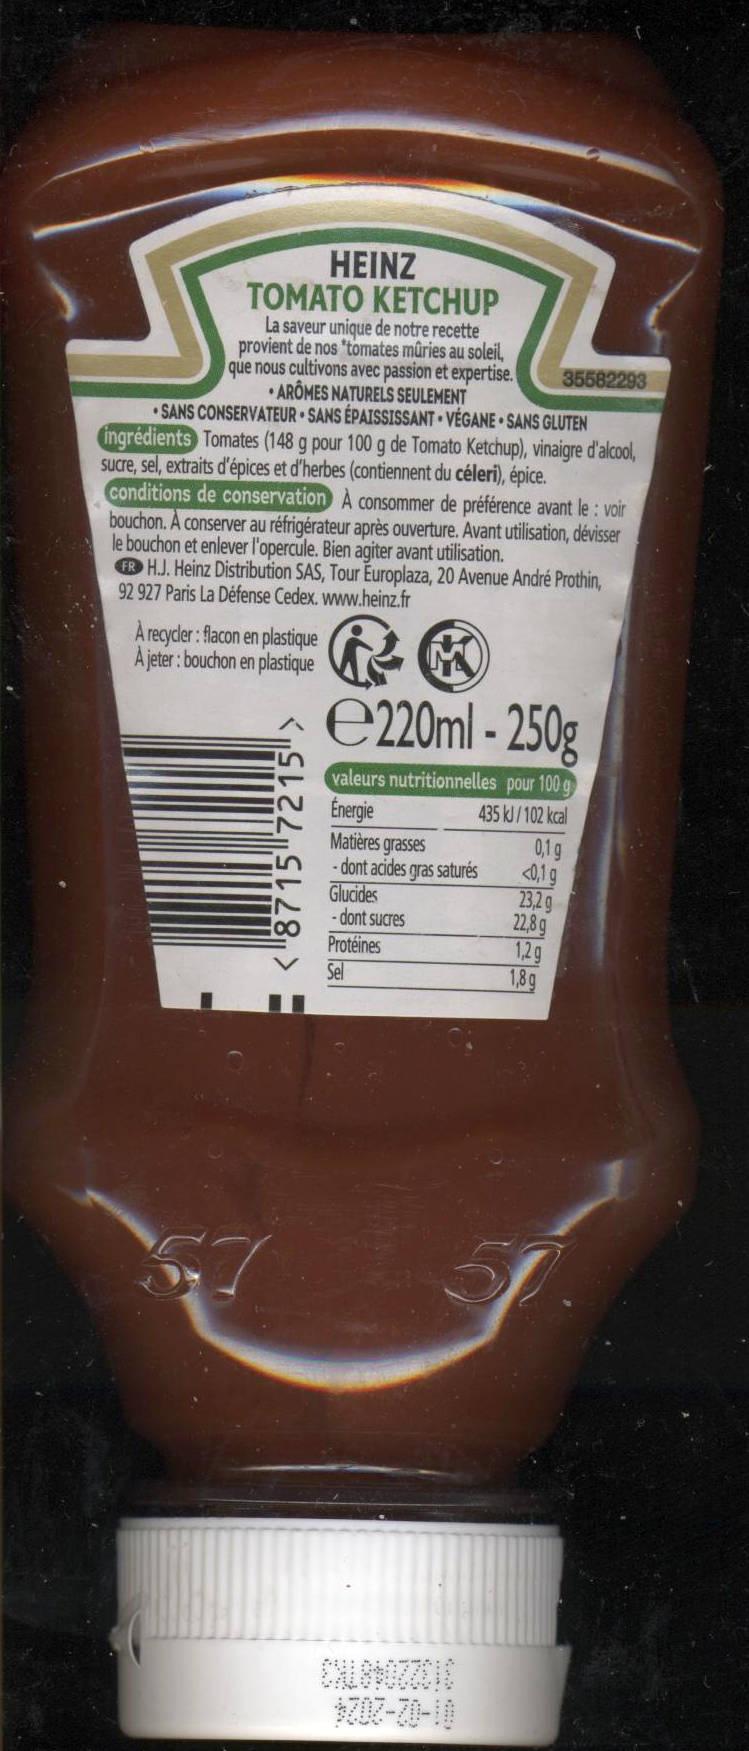
HEINZ TOMATO KETCHUP
La saveur unique de notre recette provient de nos "tomates mûries au soleil, que nous cultivons avec passion et expertise. ARÔMES NATURELS SEULEMENT
SANS CONSERVATEUR SANS ÉPAISSISSANT VÉGANE SANS GLUTEN ingrédients Tomates (148 g pour 100 g de Tomato Ketchup), vinaigre d'alcool, sucre, sel, extraits d'épices et d'herbes (contiennent du céleri), épice.
conditions de conservation À consommer de préférence avant le : voir bouchon. A conserver au réfrigérateur après ouverture. Avant utilisation, dévisser le bouchon et enlever l'opercule. Bien agiter avant utilisation.
FR H.J. Heinz Distribution SAS, Tour Europlaza, 20 Avenue André Prothin, 92 927 Paris La Défense Cedex. www.heinz.fr
A recycler: flacon en plastique A jeter: bouchon en plastique
8715 7215 >
35582293
e220ml - 250g
valeurs nutritionnelles pour 100 g
Énergie
435 kJ/102 kcal
Matières grasses -dont acides gras saturés
Glucides -dont sucres Protéines Sel
9707-70-10
0,1 g
<0,1 g
23,2 g
22,8g
1,2g
1,8q